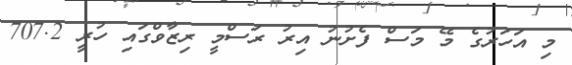
މި އަހަރުގެ މޭ މަސް ފެށުނު އިރު ރަސްމީ ރިޒާވްގައި ހުރީ 707.2